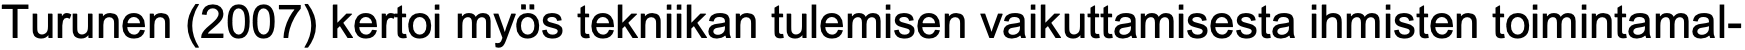
Turunen (2007) kertoi myös tekniikan tulemisen vaikuttamisesta ihmisten toimintamal-